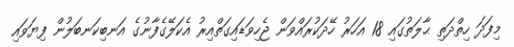
މިފަދަ ހިތްދަތި ޙާލަތުގައި 18 އަހަރު ހޭދަކުރައްވަން ޖެހިވަޑައިގަތްއިރު އެކަލޭގެފާނުގެ އަނބިކަނބަލުން ފިޔަވައި